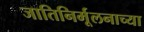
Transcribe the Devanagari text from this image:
जातिनिर्मूलनाच्या